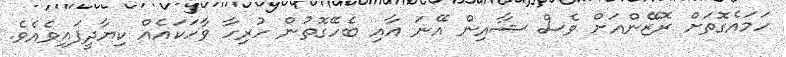
ހަމައެގޮތަށް ރޮޒޭންއަށް ވެސް ޝާއިން އޭނަ އާއި ބެހޭގޮތުން ހުރިހާ ވާހަކައެއް ކިޔާދީފައިވެއެވެ.